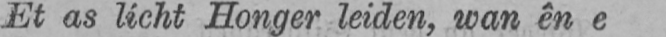
Et as licht Honger leiden, wan ên e